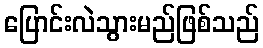
ပြောင်းလဲသွားမည်ဖြစ်သည်